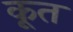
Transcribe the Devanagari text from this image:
कूत